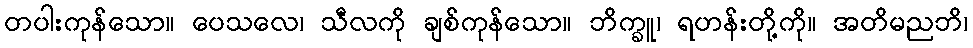
တပါးကုန်သော။ ပေသလေ၊ သီလကို ချစ်ကုန်သော။ ဘိက္ခူ၊ ရဟန်းတို့ကို။ အတိမညဘိ၊